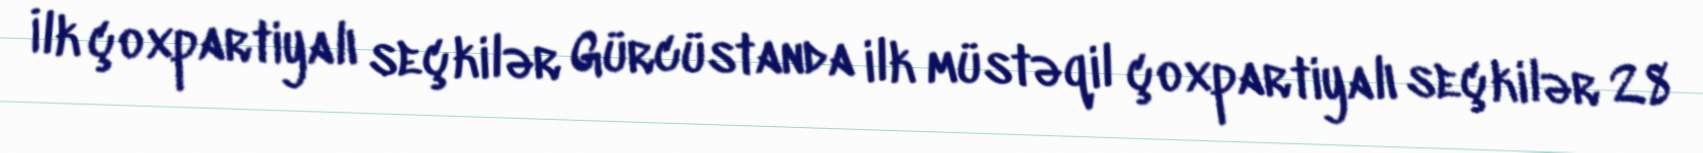
İlk çoxpartiyalı seçkilər Gürcüstanda ilk müstəqil çoxpartiyalı seçkilər 28